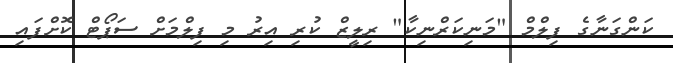
ކަންގަނާގެ ފިލްމް "މަނިކަރްނިކާ" ރިލީޒް ކުރި އިރު މި ފިލްމަށް ސަޕޯޓް ކޮށްފައި